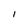
Character: I